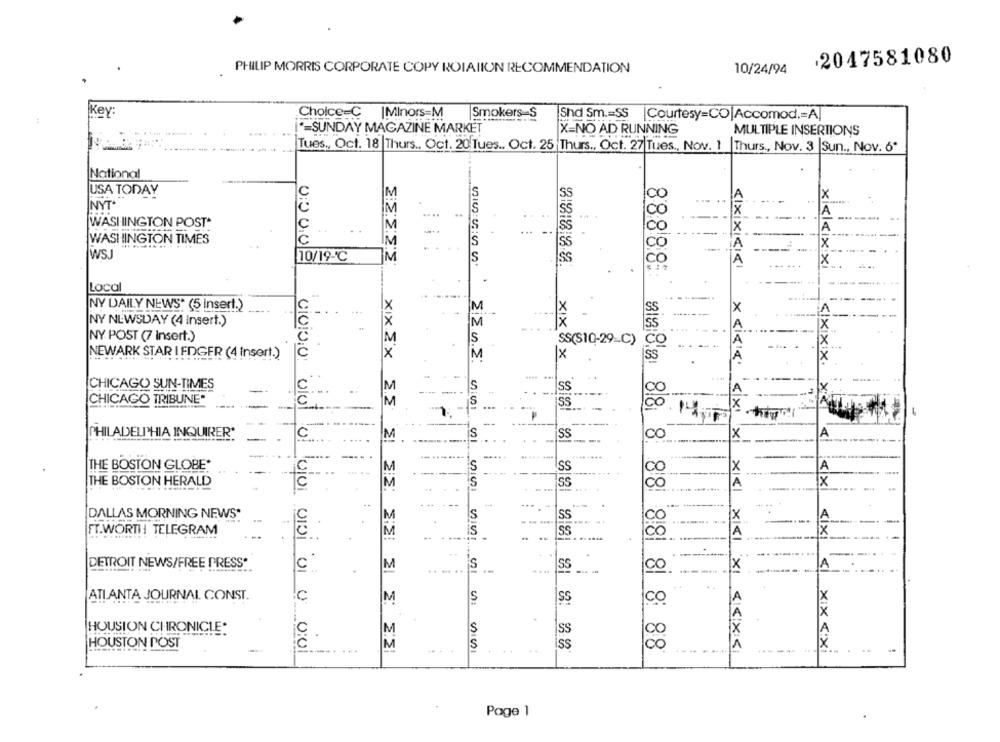
2047581080
PHILIP MORRIS CORPORATE COPY ROIAIION RECOMMENDATION
10/24/94
Key:
Choice=C |Minors=M
Smokers=S
Shd Sm .= SS |Courtesy=CO|Accomod .= A]
*- SUNDAY MAGAZINE MARKET
X-NO AD RUNNING
MULTIPLE INSERTIONS
Tues, Oct. 18 Thurs .. Oct. 20 Tues .. Oct. 25 Thurs ., Oct. 27 Tues ., Nov. 1 Thurs ., Nov. 3 |Sun ., Nov. 6º
National
----
USA TODAY
C
M
SS
00
X
NYT.
M
s5
...
..
A
WASHINGTON POST*
Iss
CO
WASHINGTON TIMES
c
SS
WS.
10/19-℃
M
Ss
TIXIXICICI
xiekixxi
Local
M
NY DAILY NEWS* (5 Insert.)
X
SS
x
NY NEWSDAY (4 Insert.)
M
NY POST (7 Insert.)
M
SS(S10-29_C)
NEWARK STAR I FDGER (4 Insert.)
X
X
SS
<1XXX.
CHICAGO SUN-TIMES
M
SS
20
CHICAGO TRIBUNE*
IM
SS
X
PHILADELPHIA INQUIRER*
M
SS
CO
X
.....-..
THE BOSTON GLOBE*
M
SS
x
A
CO
THE BOSTON HERALD
M
SS
x
co
A
1818
88888 8 88 8 88
A
DALLAS MORNING NEWS*
M
SS
CO
x
FT.WORTH TELEGRAM
M
SS
A
X
DETROIT NEWS/FREE PRESS"
c
M
SS
co.
X
A
ATLANTA JOURNAL CONST.
c
M
S
SS
CO
HOUSTON CHRONICLE*
C
M
S
Ss
HOUSTON POST
M
iss
vivivo viol ul uiui vivi vi o vivi
8 8 88
XICI XI << XS
<1x <1 xix Xxi
..
-
Page 1